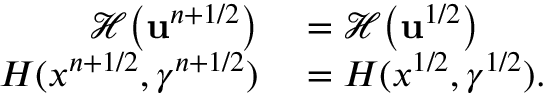
\begin{array} { r l } { \mathcal { H } \bigl ( \mathbf { u } ^ { n + 1 / 2 } \bigr ) } & { { } = \mathcal { H } \bigl ( \mathbf { u } ^ { 1 / 2 } \bigr ) } \\ { H ( x ^ { n + 1 / 2 } , \gamma ^ { n + 1 / 2 } ) } & { { } = H ( x ^ { 1 / 2 } , \gamma ^ { 1 / 2 } ) . } \end{array}